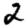
Digit: 2